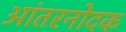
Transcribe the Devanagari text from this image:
आंतरनोदक